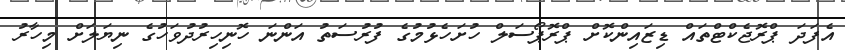
އެފަދަ ޕްރޮޖެކްޓްތައް ޑިޒައިންކޮށް ޕްރޮޕޯސަލް ހުށަހެޅުމުގެ ފުރުސަތު އަންނަ ހޮނިހިރުދުވަހުގެ ނިޔަލަށް މިހާރު